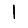
Digit: 1